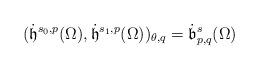
LaTeX: \begin{align*} (\dot{\mathfrak{h}}^{s_0,p}(\Omega),\dot{\mathfrak{h}}^{s_1,p}(\Omega))_{\theta,q}=\dot{\mathfrak{b}}^{s}_{p,q}(\Omega)\end{align*}